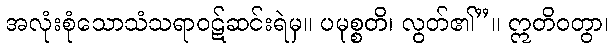
အလုံးစုံသောသံသရာဝဋ်ဆင်းရဲမှ။ ပမုစ္စတိ၊ လွတ်၏”။ ဣတိဝတွာ၊